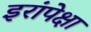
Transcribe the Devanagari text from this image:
इरांपेक्षा